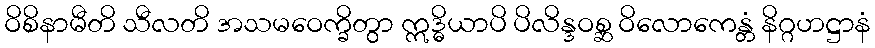
ဝိစိနာမီတိ သီလတိ အသမဝေက္ခိတွာ ဣဒ္ဓိယာပိ ပိလိန္ဒဝစ္ဆ ဝိလောကေန္တံ နိဂ္ဂဟဋ္ဌာနံ